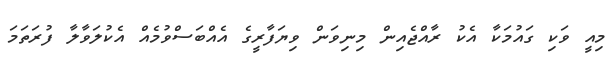
މިއީ ވަކި ގައުމަކާ އެކު ރާއްޖެއިން މިނިވަން ވިޔަފާރީގެ އެއްބަސްވުމެއް އެކުލަވާލާ ފުރަތަމަ